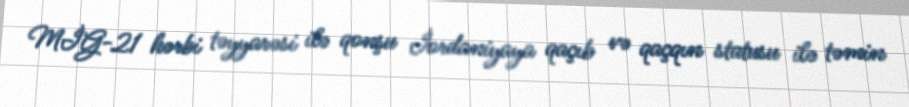
MİG-21 hərbi təyyarəsi ilə qonşu İordaniyaya qaçıb və qaçqın statusu ilə təmin